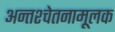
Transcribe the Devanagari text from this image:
अन्तश्चेतनामूलक